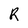
Character: R